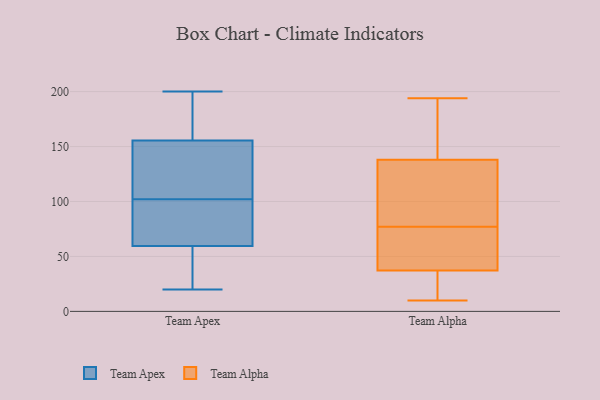
{"axis": {"x": "Active Users", "y": "Value"}, "legend": ["Team Alpha", "Team Apex"], "data": [{"x": "", "y": 183, "type": "Team Apex"}, {"x": "", "y": 138, "type": "Team Apex"}, {"x": "", "y": 132, "type": "Team Apex"}, {"x": "", "y": 97, "type": "Team Apex"}, {"x": "", "y": 61, "type": "Team Apex"}, {"x": "", "y": 116, "type": "Team Apex"}, {"x": "", "y": 34, "type": "Team Apex"}, {"x": "", "y": 24, "type": "Team Apex"}, {"x": "", "y": 66, "type": "Team Apex"}, {"x": "", "y": 191, "type": "Team Apex"}, {"x": "", "y": 173, "type": "Team Apex"}, {"x": "", "y": 94, "type": "Team Apex"}, {"x": "", "y": 20, "type": "Team Apex"}, {"x": "", "y": 107, "type": "Team Apex"}, {"x": "", "y": 58, "type": "Team Apex"}, {"x": "", "y": 200, "type": "Team Apex"}, {"x": "", "y": 165, "type": "Team Alpha"}, {"x": "", "y": 77, "type": "Team Alpha"}, {"x": "", "y": 10, "type": "Team Alpha"}, {"x": "", "y": 65, "type": "Team Alpha"}, {"x": "", "y": 87, "type": "Team Alpha"}, {"x": "", "y": 184, "type": "Team Alpha"}, {"x": "", "y": 12, "type": "Team Alpha"}, {"x": "", "y": 17, "type": "Team Alpha"}, {"x": "", "y": 58, "type": "Team Alpha"}, {"x": "", "y": 90, "type": "Team Alpha"}, {"x": "", "y": 194, "type": "Team Alpha"}, {"x": "", "y": 44, "type": "Team Alpha"}, {"x": "", "y": 129, "type": "Team Alpha"}]}